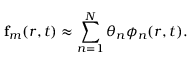
\mathbf { f } _ { m } ( \boldsymbol { r } , t ) \approx \sum _ { n = 1 } ^ { N } \theta _ { n } \phi _ { n } ( \boldsymbol { r } , t ) .